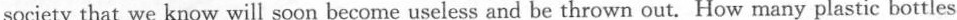
society that we know will soon become useless and be thrown out. How many plastic bottles